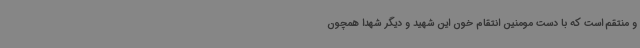
و منتقم است که با دست مومنین انتقام خون این شهید و دیگر شهدا همچون